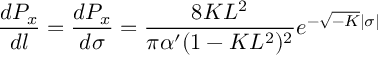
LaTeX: \frac { d P _ { x } } { d l } = \frac { d P _ { x } } { d \sigma } = \frac { 8 K L ^ { 2 } } { \pi \alpha ^ { \prime } ( 1 - K L ^ { 2 } ) ^ { 2 } } e ^ { - \sqrt { - K } \mid \sigma \mid }